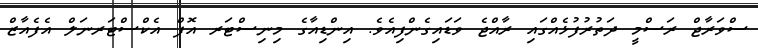
ސްވަރާޖް ރަސްމީ ދަތުރުފުޅެއްގައި ރާއްޖެ ވަޑައިގެންފިއެވެ. އިންޑިއާގެ މިނިސްޓަރ އޮފް އެކްސްޓަރނަލް އެފެއާޒް